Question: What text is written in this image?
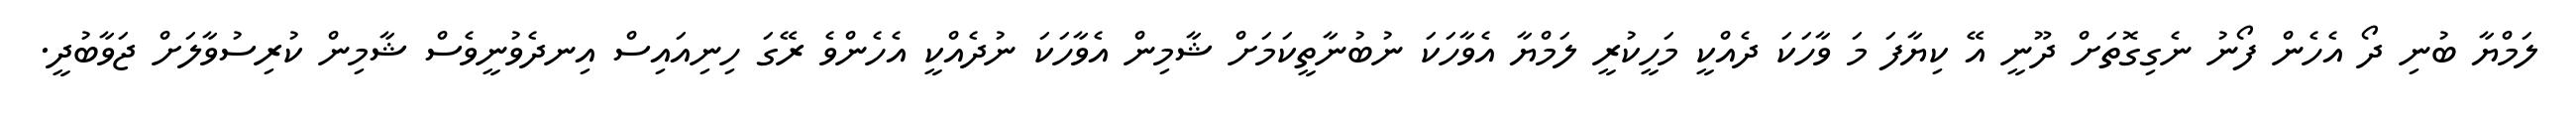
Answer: ލަމްޔާ ބުނި ދޯ އެހެން ފޯނު ނެގިގޮތަށް ދޫނީ އޭ ކިޔާފަ މަ ވާހަކަ ދެއްކީ މަހީކުރީ ލަމްޔާ އެވާހަކަ ނުބުނާތީކަމަށް ޝާމިން އެވާހަކަ ނުދެއްކީ އެހެންވެ ރޭގަ ހިނިއައިސް އިނދެވުނީވެސް ޝާމިން ކުރިސުވާލަށް ޖަވާބުދީ.